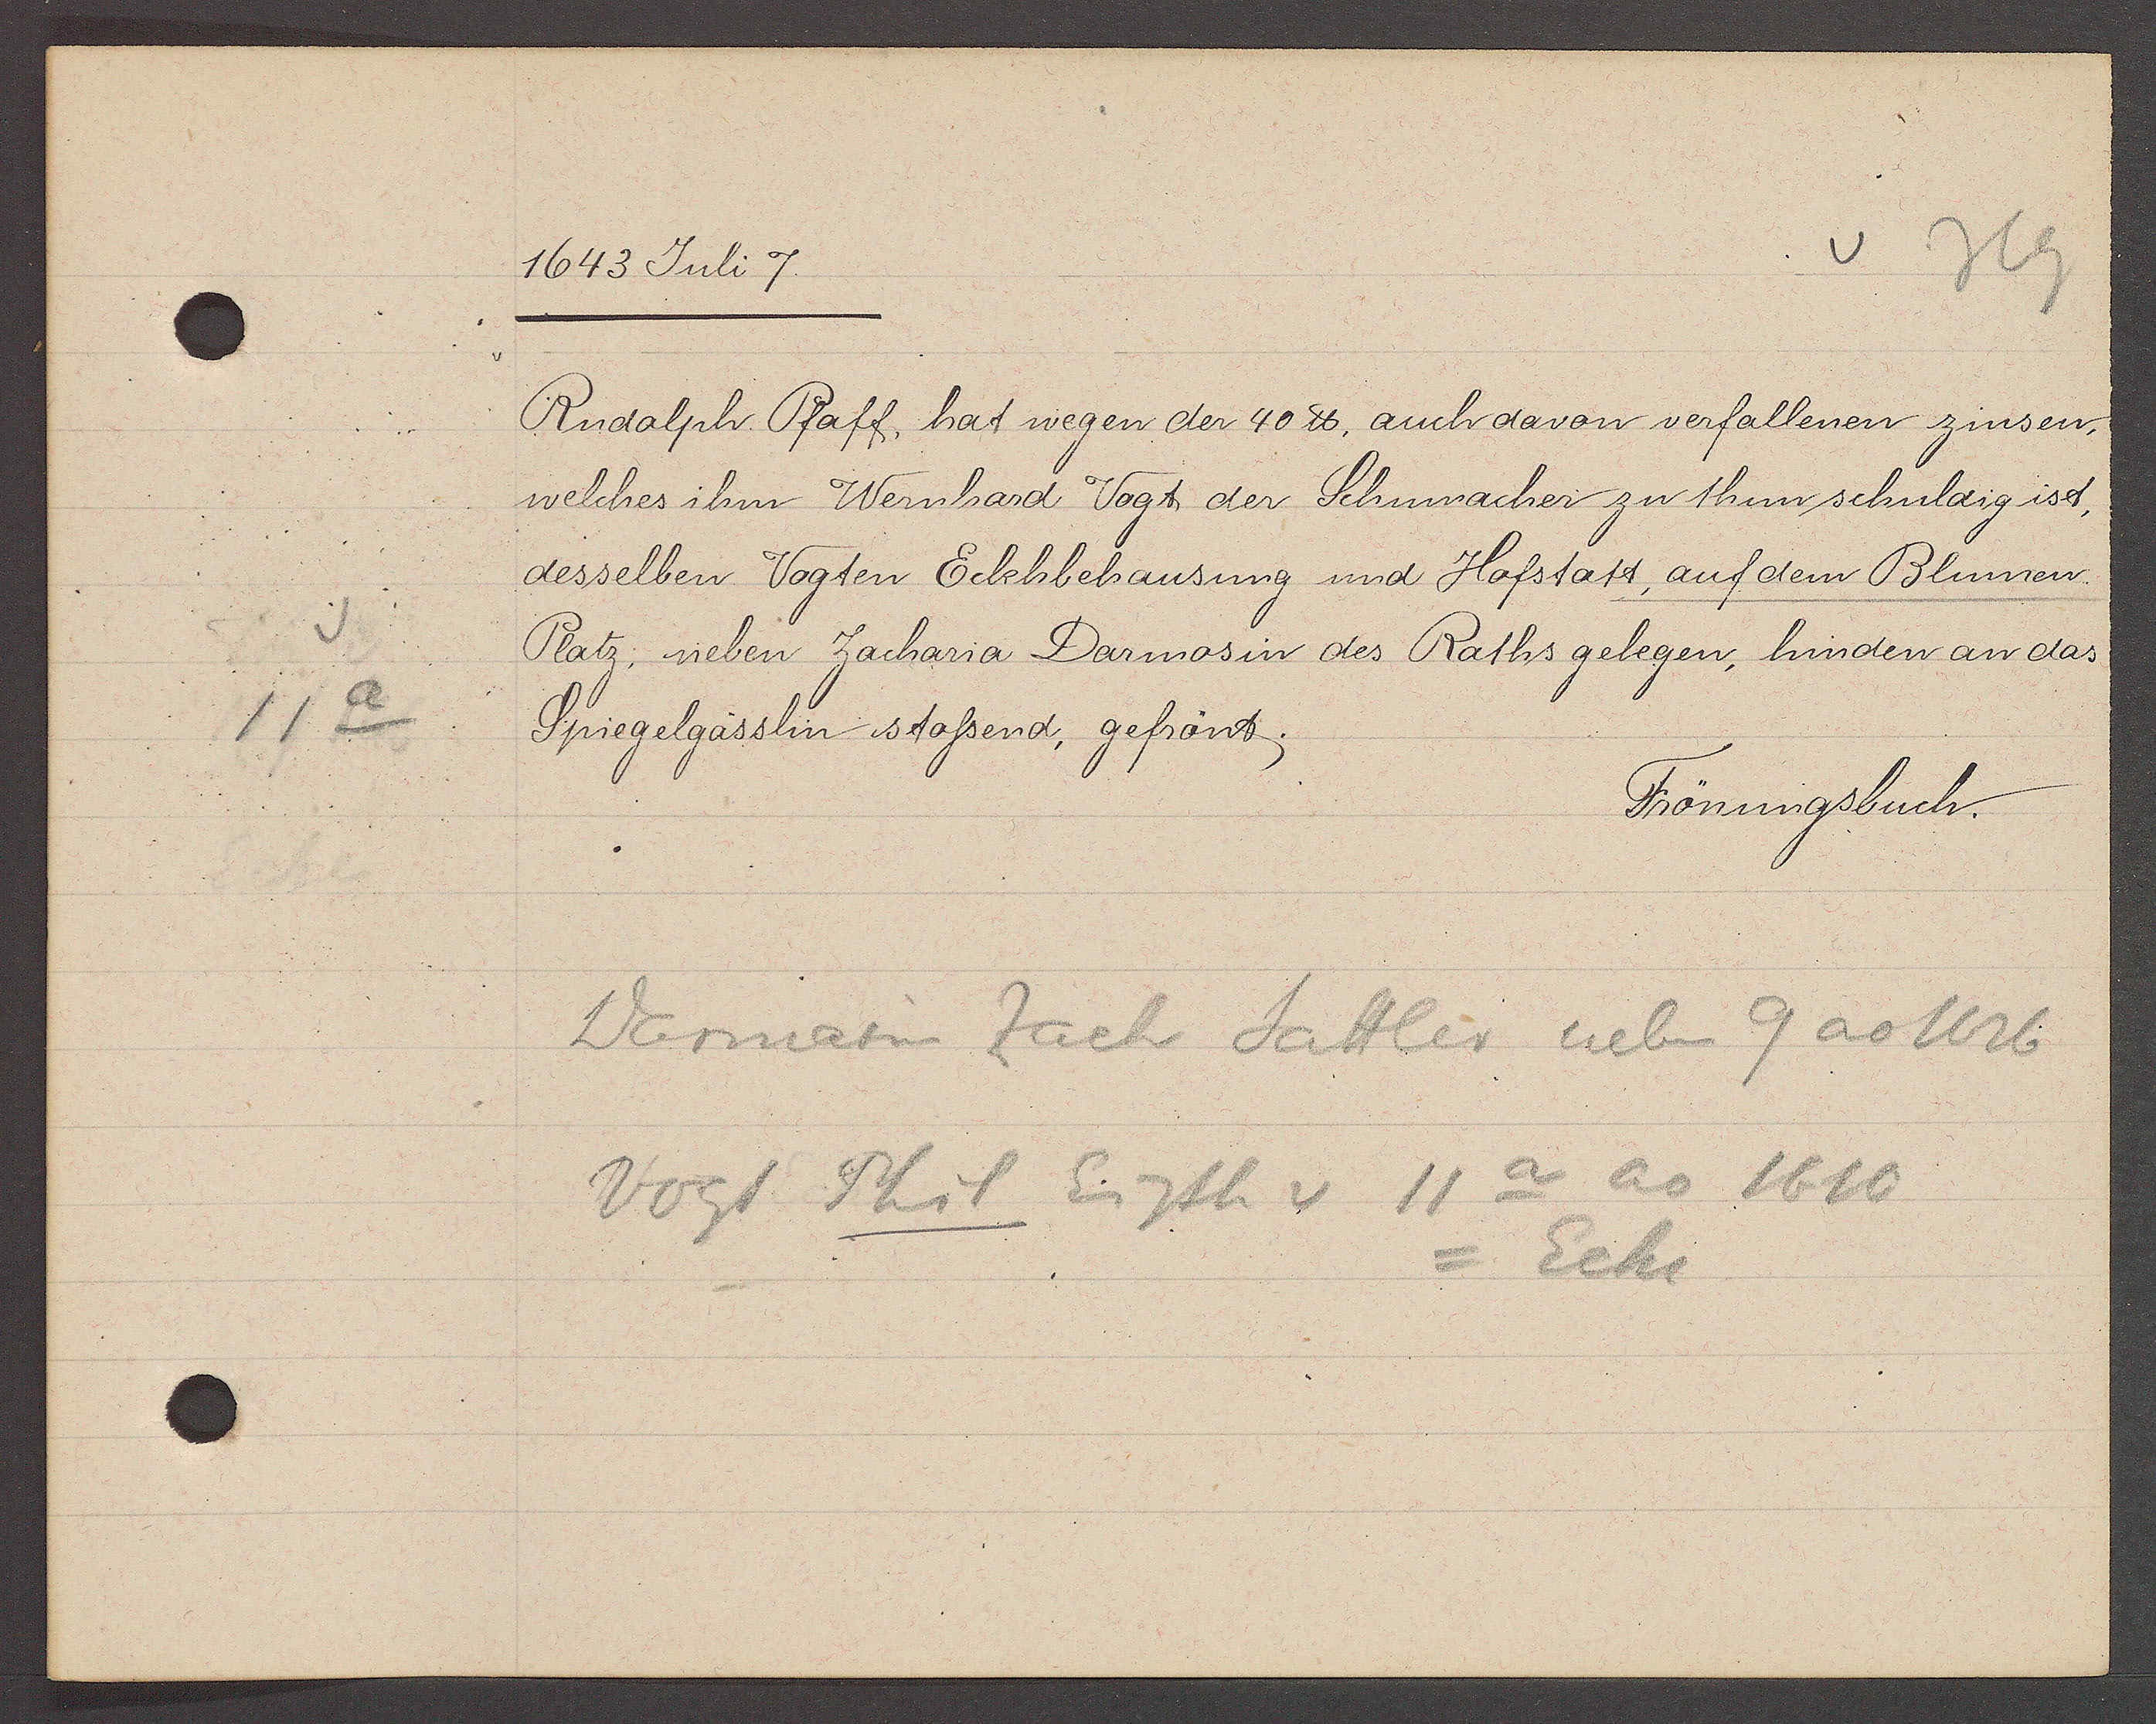
Transcript:
11 a

1643 Juli 7.

Rudolph Pfaff, hat wegen der 40 ℔, auch davon verfallenen zinsen,
welches ihm Wernhard Vogt der Schumacher zu thun schuldig ist,
desselben Vogten Eckhbehausung und Hofstatt, auf dem Blumen
Platz; neben Zacharia Darmosin des Raths gelegen, hinden an das
Spiegelgässlin stossend, gefrönt.

Frönungsbuch.

Darmosinn Zach Sattler neben 9 ao 1626
Vogt Phil Eigth v 11 a ao 1610
= Ecke